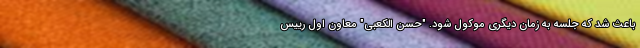
باعث شد که جلسه به زمان دیگری موکول شود. "حسن الکعبی" معاون اول رییس